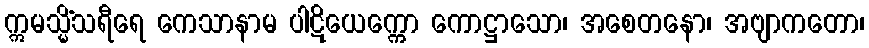
ဣမသ္မိံသရီရေ ကေသာနာမ ပါဋိယေက္ကော ကောဋ္ဌာသော၊ အစေတနော၊ အဗျာကတော၊